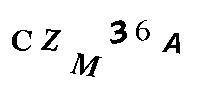
CZM36A